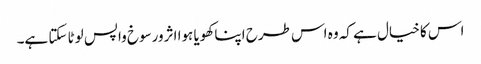
اس کا خیال ہے کہ وہ اس طرح اپنا کھویا ہوا اثرورسوخ واپس لوٹا سکتا ہے۔